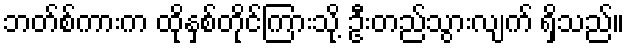
ဘတ်စ်ကားက ထိုနှစ်တိုင်ကြားသို့ ဦးတည်သွားလျက် ရှိသည်။